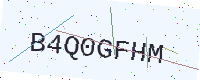
Text: B4Q0GFHM